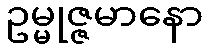
ဥမ္မုဇ္ဇမာနော